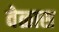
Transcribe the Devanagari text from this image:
वेळास